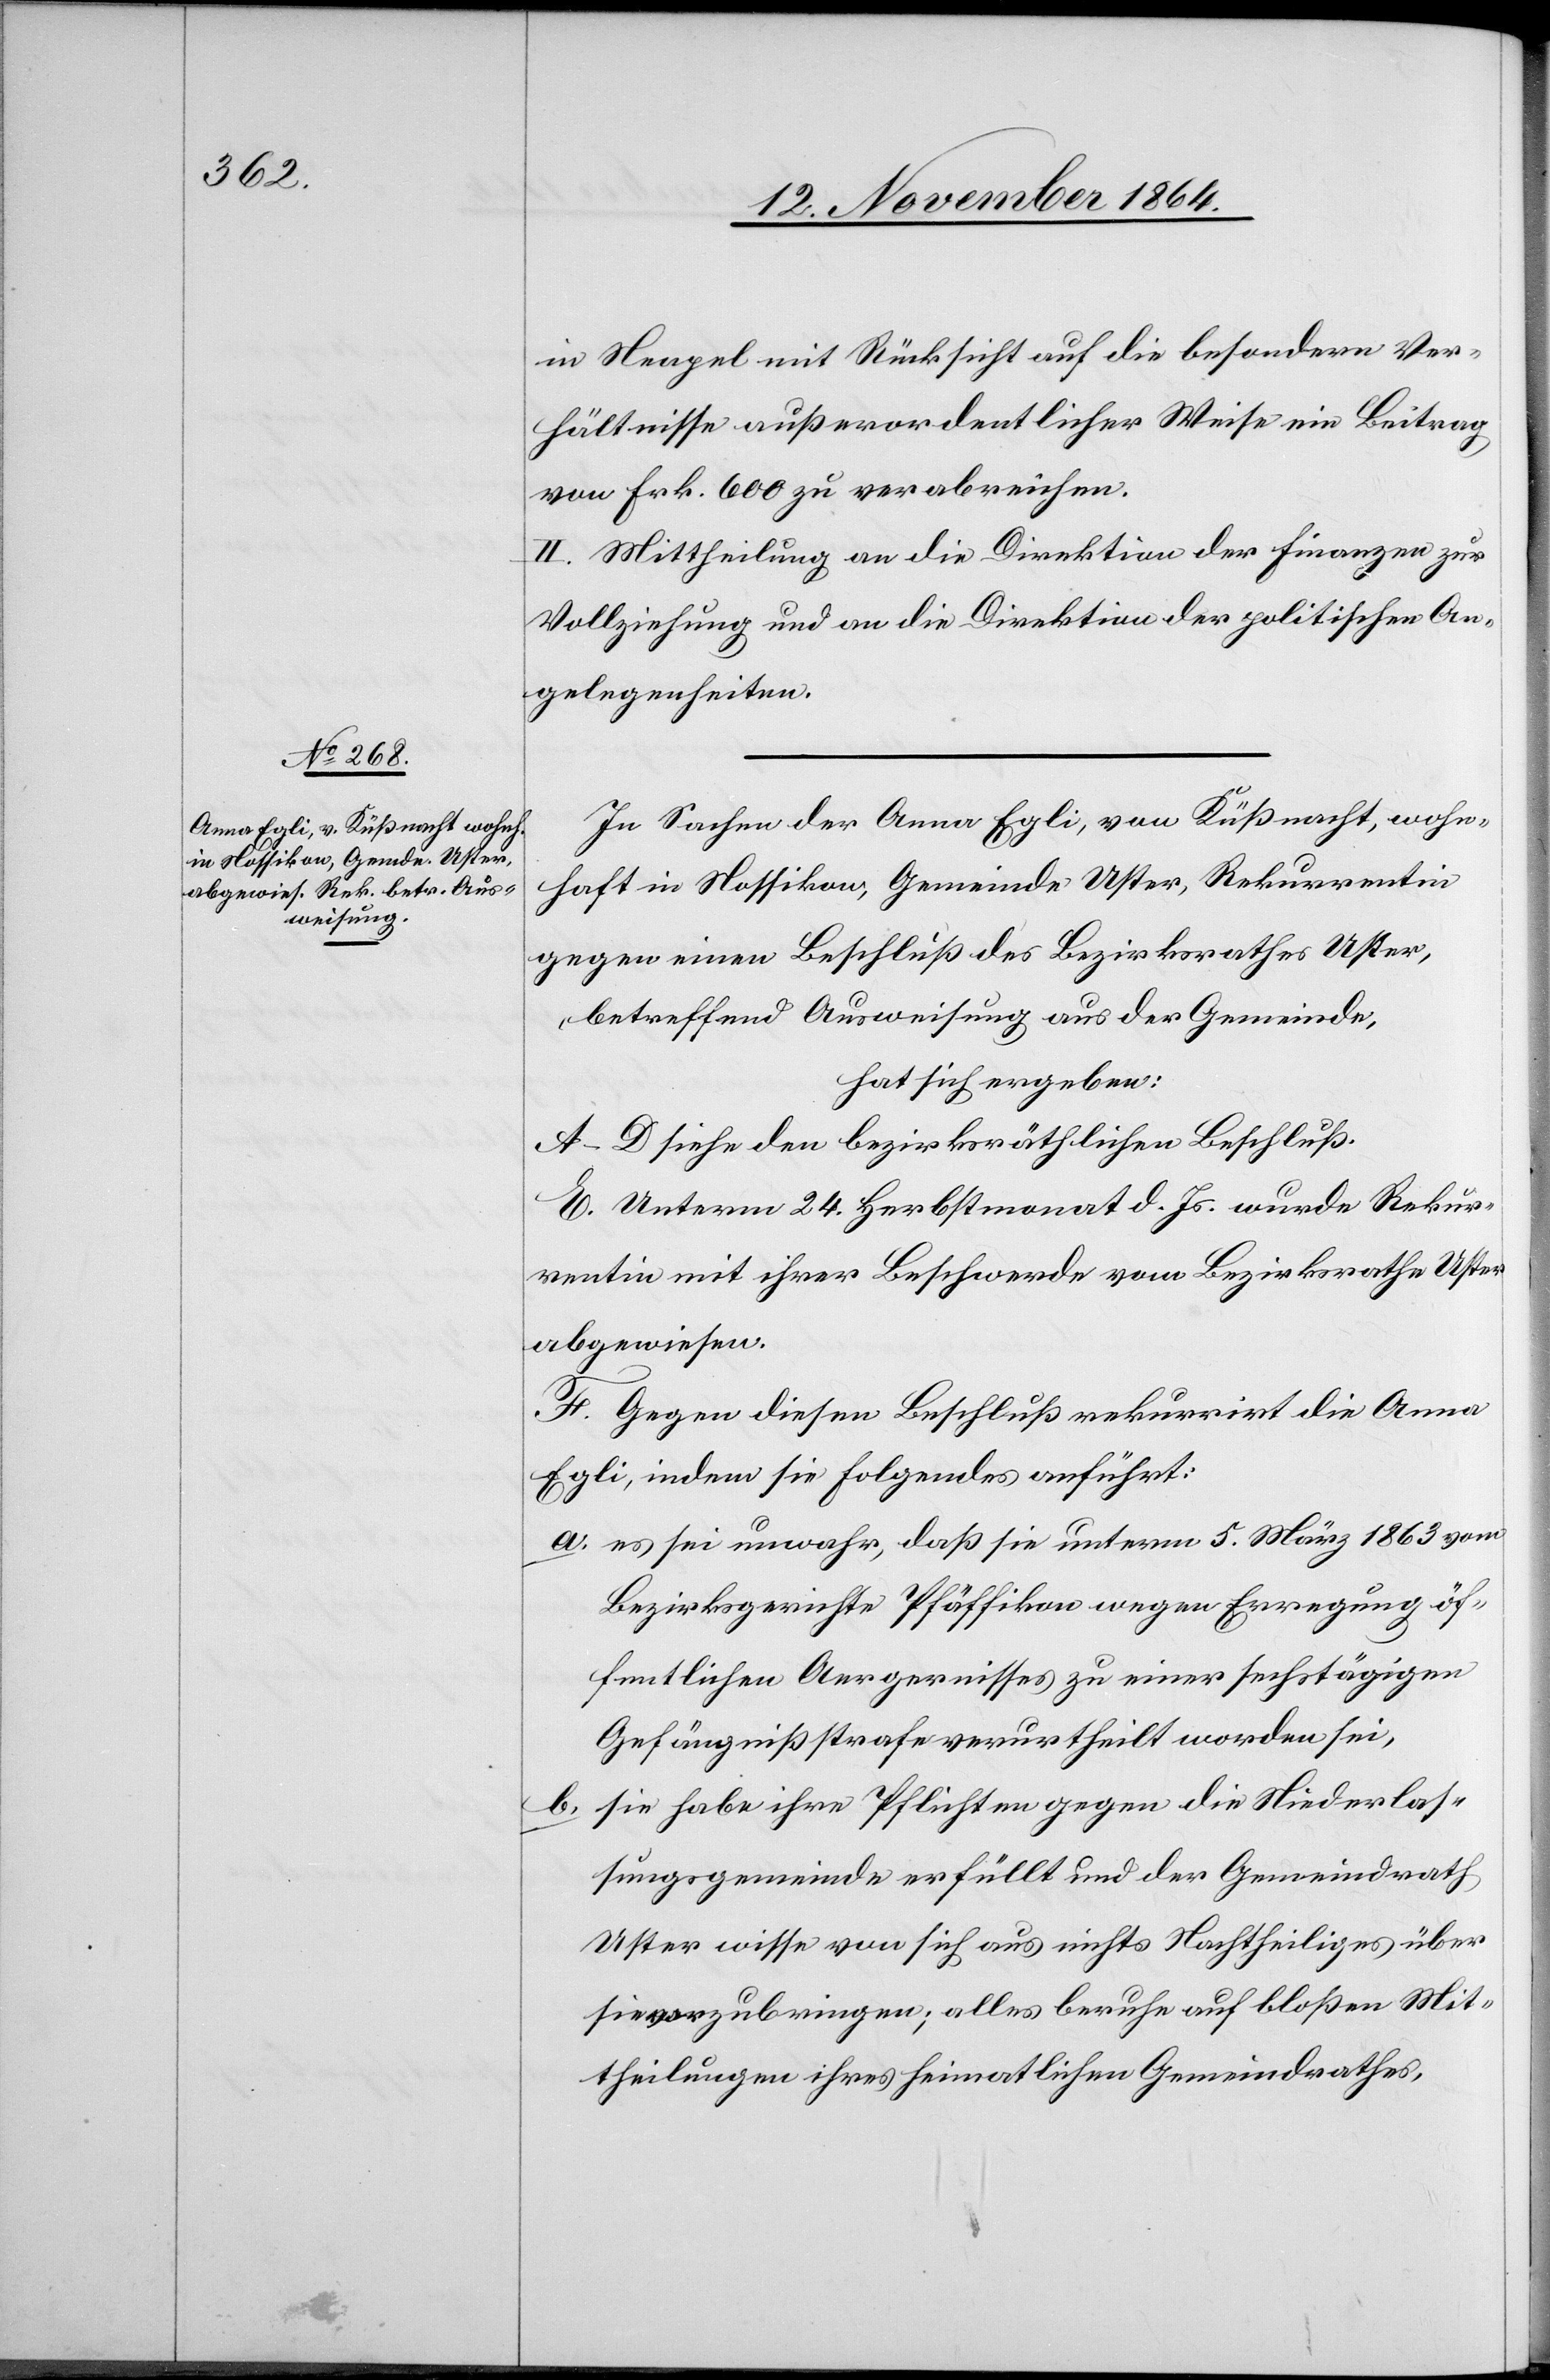
in Neapel mit Rücksicht auf die besondern Ver¬
hältnisse außerordentlicher Weise ein Beitrag
von Frk. 600 zu verabreichen.
II. Mittheilung an die Direktion der Finanzen zur
Vollziehung und an die Direktion der politischen An¬
gelegenheiten.
In Sachen der Anna Egli, von Küßnacht, wohn¬
haft in Nossikon, Gemeinde Uster, Rekurrentin
gegen einen Beschluß des Bezirksrathes Uster,
betreffend Ausweisung aus der Gemeinde,
hat sich ergeben:
A.–D. siehe den bezirksräthlichen Beschluß.
E. Unterm 24. Herbstmonat d. Js. wurde Rekur¬
rentin mit ihrer Beschwerde vom Bezirksrathe Uster
abgewiesen.
F. Gegen diesen Beschluß rekurrirt die Anna
Egli, indem sie Folgendes anführt:
a.	es sei unwahr, daß sie unterm 5. März 1863 vom
Bezirksgerichte Pfäffikon wegen Erregung öf¬
fentlichen Aergernisses zu einer sechstägigen
Gefängnißstrafe verurtheilt worden sei,
b.	sie habe ihre Pflichten gegen die Niederlas¬
sungsgemeinde erfüllt und der Gemeindrath
Uster wisse von sich aus nichts Nachtheiliges über
sie vorzubringen; alles beruhe auf bloßen Mit¬
theilungen ihres heimathlichen Gemeindrathes,